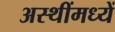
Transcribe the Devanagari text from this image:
अस्थींमध्यें